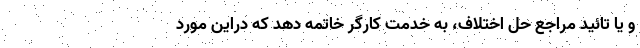
و یا تائید مراجع حل اختلاف، به خدمت کارگر خاتمه دهد که دراین مورد